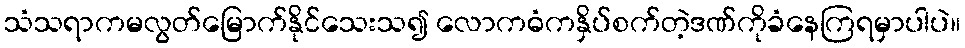
သံသရာကမလွတ်မြောက်နိုင်သေးသ၍ လောကဓံကနှိပ်စက်တဲ့ဒဏ်ကိုခံနေကြရမှာပါပဲ။